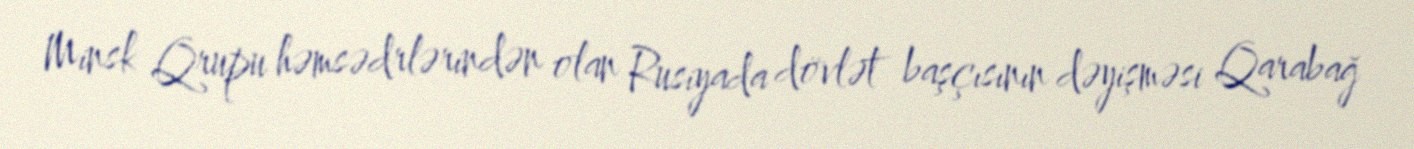
Minsk Qrupu həmsədrlərindən olan Rusiyada dövlət başçısının dəyişməsi Qarabağ